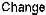
CHANGE